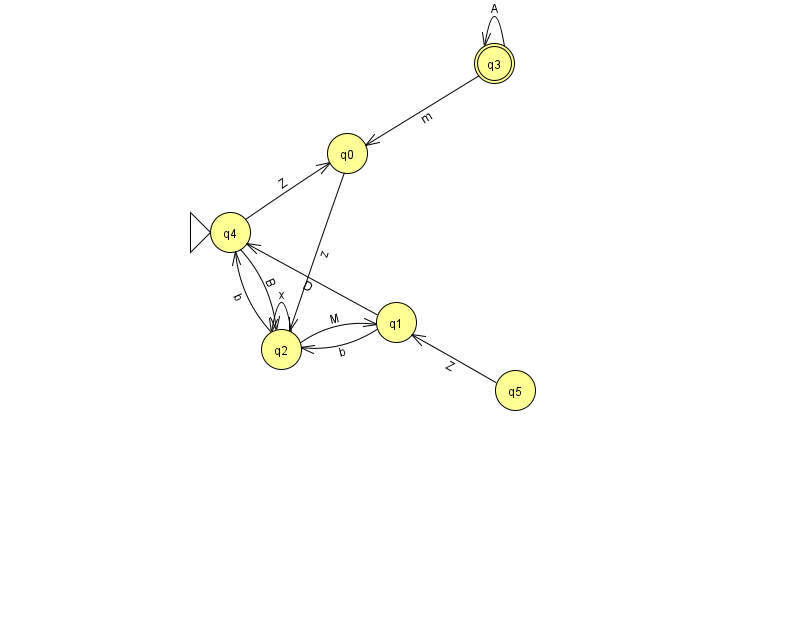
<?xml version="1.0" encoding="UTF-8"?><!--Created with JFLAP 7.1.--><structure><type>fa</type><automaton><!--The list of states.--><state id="0" name="q0"><x>347.0</x><y>140.0</y></state><state id="1" name="q1"><x>396.0</x><y>309.0</y></state><state id="2" name="q2"><x>281.0</x><y>336.0</y></state><state id="3" name="q3"><x>494.0</x><y>50.0</y><final/></state><state id="4" name="q4"><x>230.0</x><y>219.0</y><initial/></state><state id="5" name="q5"><x>515.0</x><y>377.0</y></state><!--The list of transitions.--><transition><from>3</from><to>3</to><read>A</read></transition><transition><from>4</from><to>0</to><read>Z</read></transition><transition><from>1</from><to>2</to><read>b</read></transition><transition><from>1</from><to>4</to><read>D</read></transition><transition><from>2</from><to>4</to><read>b</read></transition><transition><from>4</from><to>2</to><read>B</read></transition><transition><from>0</from><to>2</to><read>z</read></transition><transition><from>2</from><to>2</to><read>x</read></transition><transition><from>3</from><to>0</to><read>m</read></transition><transition><from>2</from><to>1</to><read>M</read></transition><transition><from>5</from><to>1</to><read>Z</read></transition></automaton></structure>